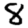
Digit: 8